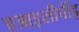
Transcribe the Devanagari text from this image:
एआइसीपीइ